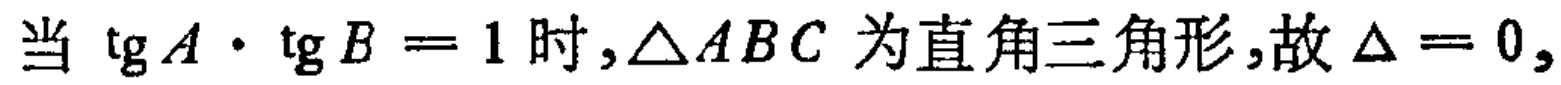
当 $\tg A\cdot \tg B = 1$ 时,$\triangle ABC$ 为直角三角形,故 $\Delta = 0,$